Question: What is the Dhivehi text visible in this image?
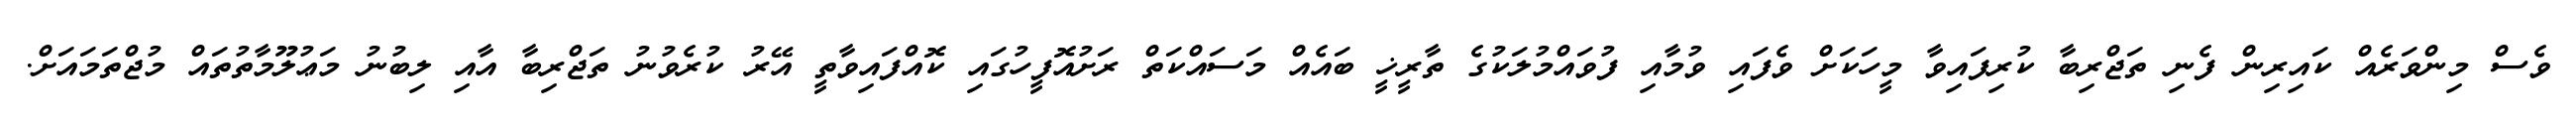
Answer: ވެސް މިންވަރެއް ކައިރިން ފެނި ތަޖްރިބާ ކުރިފައިވާ މީހަކަށް ވެފައި ވުމާއި ފުވައްމުލަކުގެ ތާރީޚީ ބައެއް މަސައްކަތް ރަށުއޮފީހުގައި ކޮއްފައިވާތީ އޭރު ކުރެވުނު ތަޖްރިބާ އާއި ލިބުނު މަޢުލޫމާތުތައް މުޖްތަމައަށް.